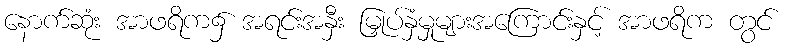
နောက်ဆုံး အာဖရိက၌ အရင်းအနှီး မြှုပ်နှံမှုများအကြောင်းနှင့် အာဖရိက တွင်